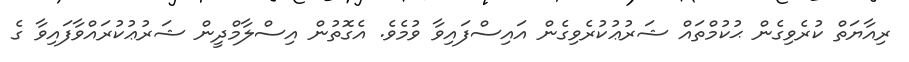
ރިއާޔަތް ކުރެވިގެން ޙުކުމްތައް ޝަރުޢުކުރެވިގެން އައިސްފައިވާ ވުމެވެ. އެގޮތުން އިސްލާމްދީން ޝަރުޢުކުރައްވާފައިވާ ގެ